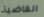
القاضية